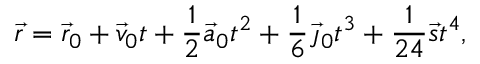
{ \vec { r } } = { \vec { r } } _ { 0 } + { \vec { v } } _ { 0 } t + { \frac { 1 } { 2 } } { \vec { a } } _ { 0 } t ^ { 2 } + { \frac { 1 } { 6 } } { \vec { \jmath } } _ { 0 } t ^ { 3 } + { \frac { 1 } { 2 4 } } { \vec { s } } t ^ { 4 } ,